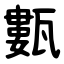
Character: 甊